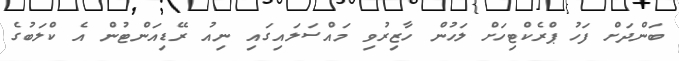
ބަންދަށް ފަހު ޕްރެކްޓިހަށް ލަހުން ހާޒިރުވި މައްސަލައިގައި ނިއު ރޭޑިއަންޓުން އެ ކްލަބުގެ